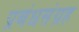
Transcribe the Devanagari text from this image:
प्रबंधसंग्रह